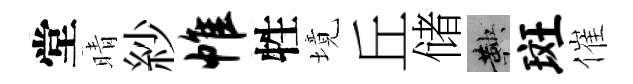
堂晴紗帷牲境丘储鞅斑催